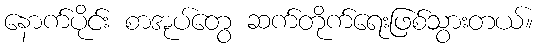
နောက်ပိုင်း စာအုပ်တွေ ဆက်တိုက်ရေးဖြစ်သွားတယ်။